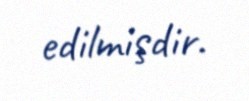
edilmişdir.